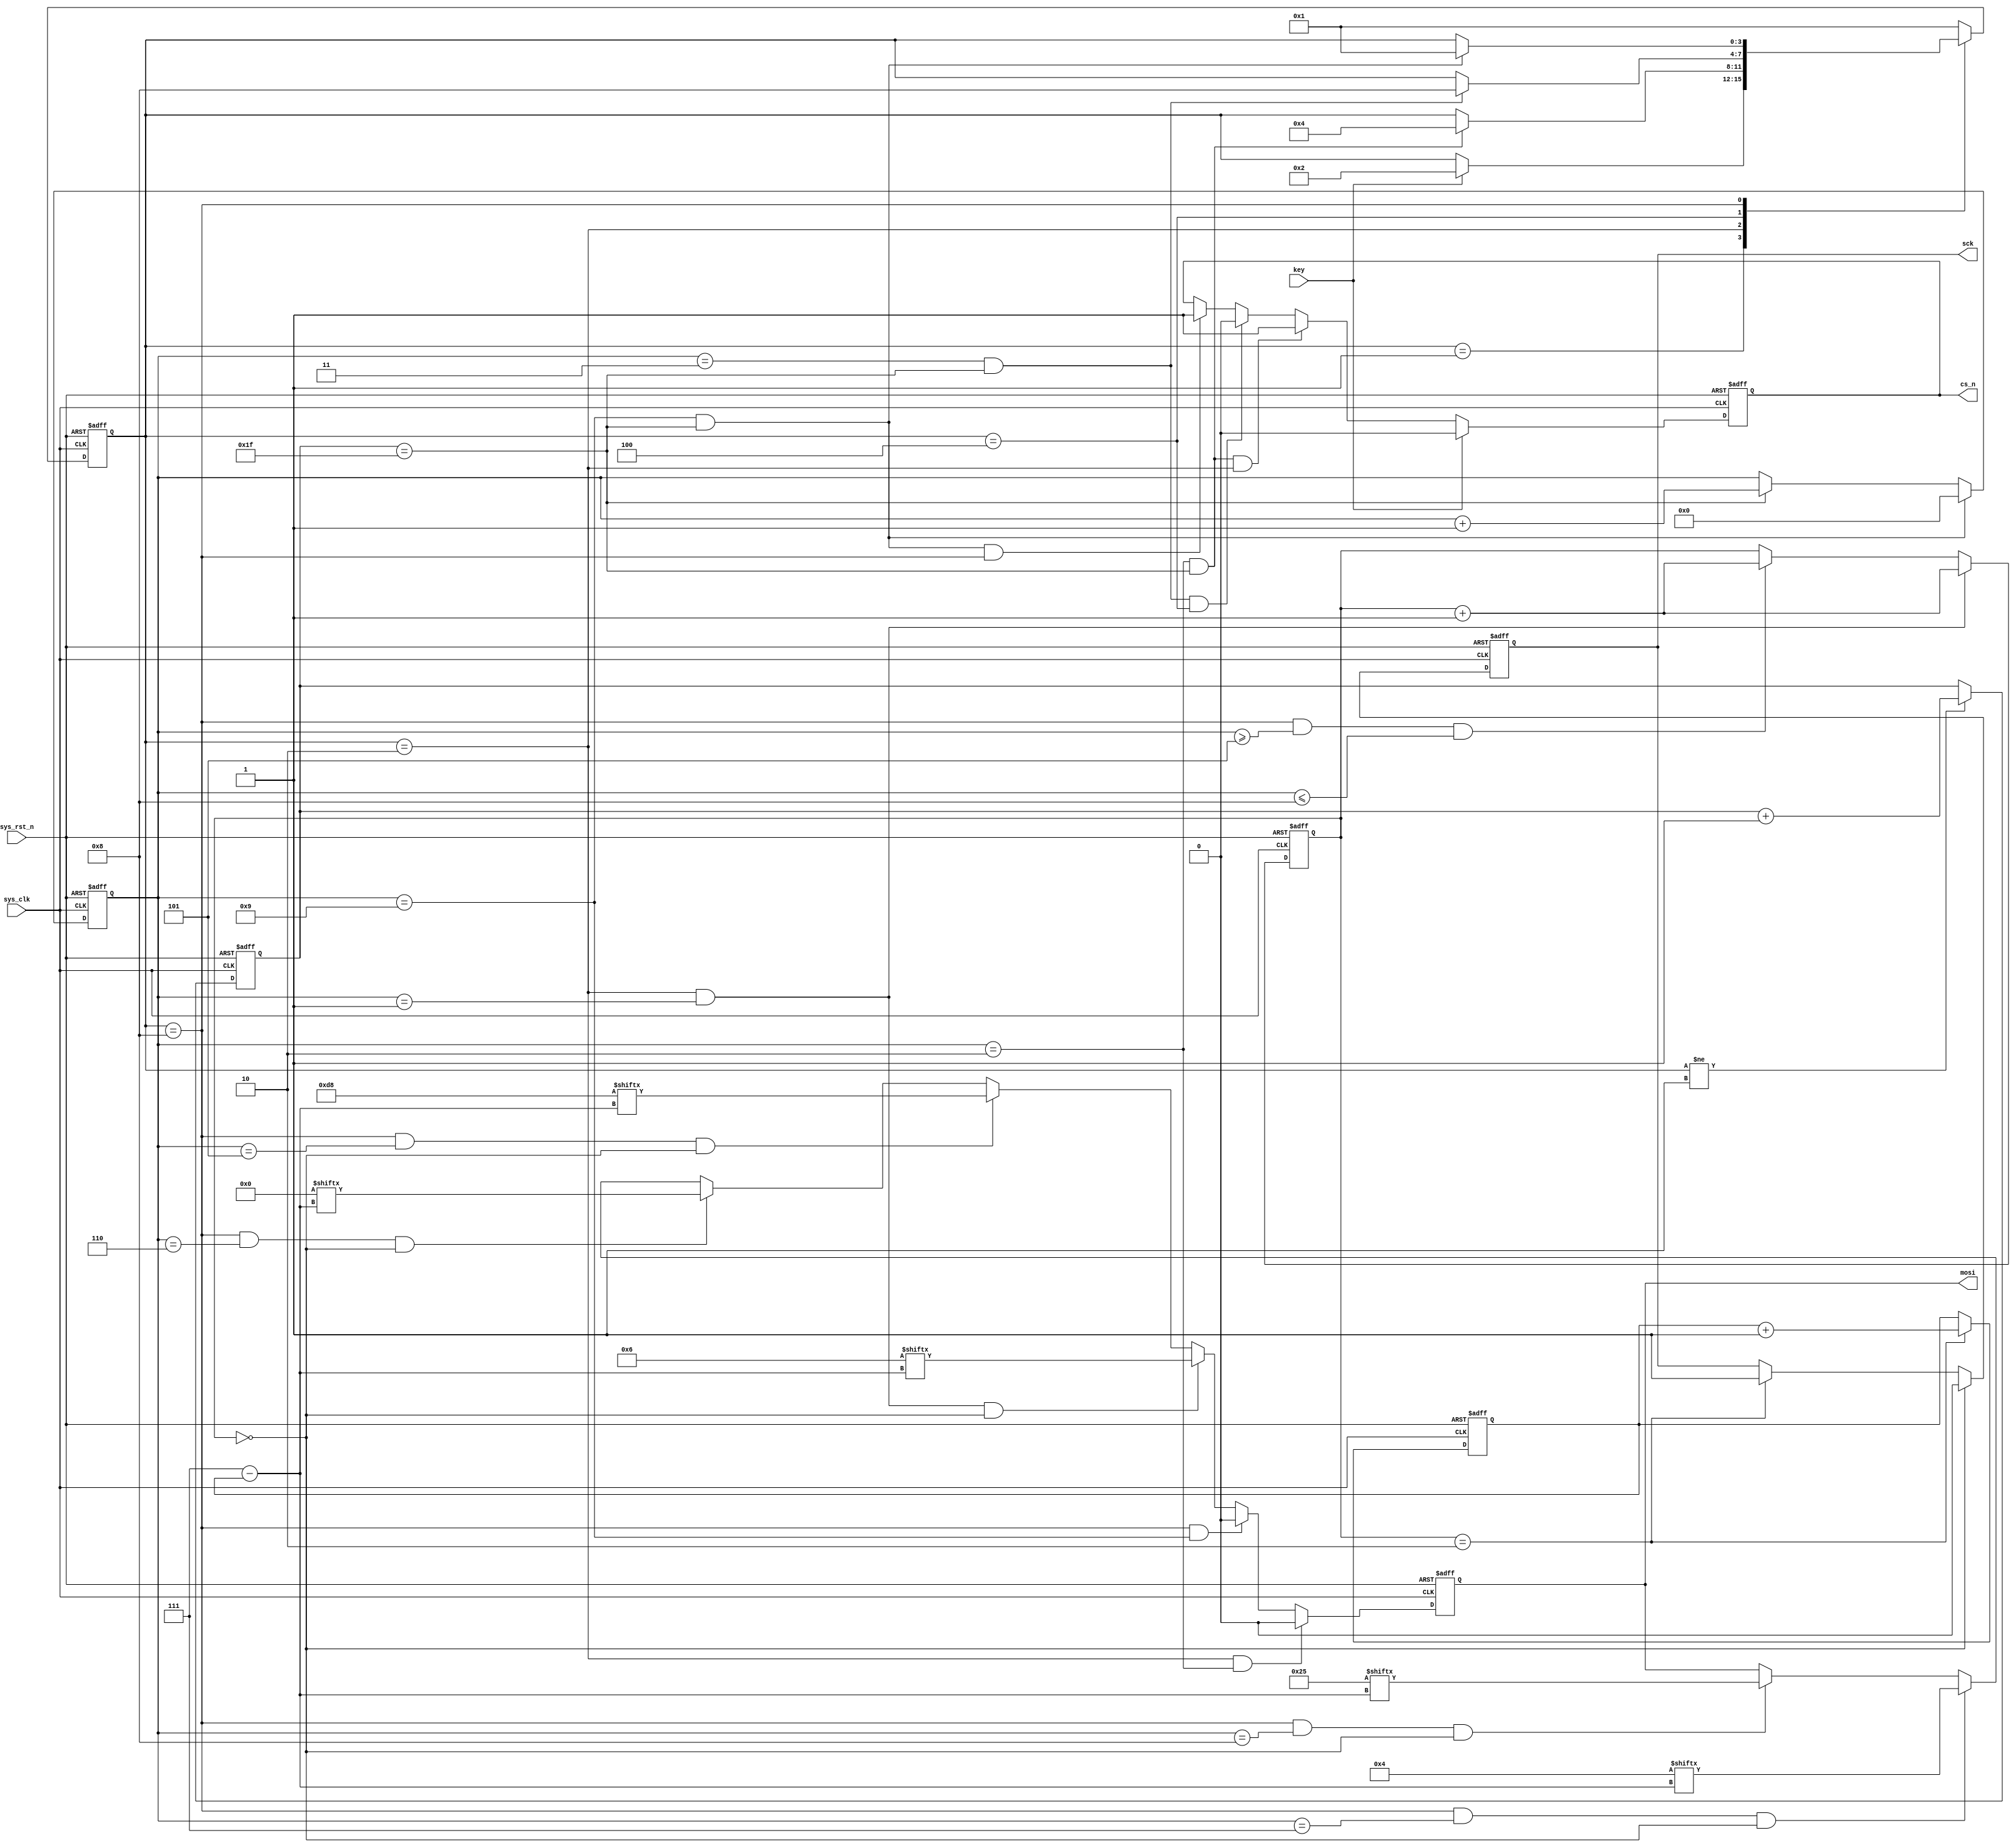
`timescale  1ns/1ns
////////////////////////////////////////////////////////////////////////
// Module Name   : flash_se_ctrl
// Project Name  : spi_flash_se
// Target Devices: Altera EP4CE10F17C8N
// Tool Versions : Quartus 13.0
// Description   : flash
//
// Revision      : V1.0
// Additional Comments:
// 
// : _Pro_FPGA
//     : http://www.embedfire.com
//     : http://www.firebbs.cn
//     : https://fire-stm32.taobao.com
////////////////////////////////////////////////////////////////////////

module  flash_se_ctrl
(
    input   wire    sys_clk     ,   //50MHz
    input   wire    sys_rst_n   ,   //,
    input   wire    key         ,   //

    output  reg     cs_n        ,   //
    output  reg     sck         ,   //
    output  reg     mosi            //
);

//********************************************************************//
//****************** Parameter and Internal Signal *******************//
//********************************************************************//

//parameter define
parameter   IDLE    =   4'b0001 ,   //
            WR_EN   =   4'b0010 ,   //
            DELAY   =   4'b0100 ,   //
            SE      =   4'b1000 ;   //
parameter   WR_EN_INST  =   8'b0000_0110,   //
            SE_INST     =   8'b1101_1000;   //
parameter   SECTOR_ADDR =   8'b0000_0000,   //
            PAGE_ADDR   =   8'b0000_0100,   //
            BYTE_ADDR   =   8'b0010_0101;   //

//reg   define
reg     [3:0]   cnt_byte;   //
reg     [3:0]   state   ;   //
reg     [4:0]   cnt_clk ;   //
reg     [1:0]   cnt_sck ;   //
reg     [2:0]   cnt_bit ;   //

//********************************************************************//
//***************************** Main Code ****************************//
//********************************************************************//

//cnt_clk:
always@(posedge sys_clk or  negedge sys_rst_n)
    if(sys_rst_n == 1'b0)
        cnt_clk  <=  5'd0;
    else    if(state != IDLE)
        cnt_clk  <=  cnt_clk + 1'b1;

//cnt_byte:
always@(posedge sys_clk or  negedge sys_rst_n)
    if(sys_rst_n == 1'b0)
        cnt_byte    <=  4'd0;
    else    if((cnt_clk == 5'd31) && (cnt_byte == 4'd9))
        cnt_byte    <=  4'd0;
    else    if(cnt_clk == 31)
        cnt_byte    <=  cnt_byte + 1'b1;

//cnt_sck:
always@(posedge sys_clk or  negedge sys_rst_n)
    if(sys_rst_n == 1'b0)
        cnt_sck <=  2'd0;
    else    if((state == WR_EN) && (cnt_byte == 1'b1))
        cnt_sck <=  cnt_sck + 1'b1;
    else    if((state == SE) && (cnt_byte >= 4'd5) && (cnt_byte <= 4'd8))
        cnt_sck <=  cnt_sck + 1'b1;

//cs_n:
always@(posedge sys_clk or  negedge sys_rst_n)
    if(sys_rst_n == 1'b0)
        cs_n    <=  1'b1;
    else    if(key == 1'b1)
        cs_n    <=  1'b0;
    else    if((cnt_byte == 4'd2) && (cnt_clk == 5'd31) && (state == WR_EN))
        cs_n    <=  1'b1;
    else    if((cnt_byte == 4'd3) && (cnt_clk == 5'd31) && (state == DELAY))
        cs_n    <=  1'b0;
    else    if((cnt_byte == 4'd9) && (cnt_clk == 5'd31) && (state == SE))
        cs_n    <=  1'b1;

//sck:
always@(posedge sys_clk or  negedge sys_rst_n)
    if(sys_rst_n == 1'b0)
        sck <=  1'b0;
    else    if(cnt_sck == 2'd0)
        sck <=  1'b0;
    else    if(cnt_sck == 2'd2)
        sck <=  1'b1;

//cnt_bit:mosi
always@(posedge sys_clk or  negedge sys_rst_n)
    if(sys_rst_n == 1'b0)
        cnt_bit <=  3'd0;
    else    if(cnt_sck == 2'd2)
        cnt_bit <=  cnt_bit + 1'b1;

//state:
always@(posedge sys_clk or  negedge sys_rst_n)
    if(sys_rst_n == 1'b0)
        state   <=  IDLE;
    else
    case(state)
        IDLE:   if(key == 1'b1)
                state   <=  WR_EN;
        WR_EN:  if((cnt_byte == 4'd2) && (cnt_clk == 5'd31))
                state   <=  DELAY;
        DELAY:  if((cnt_byte == 4'd3) && (cnt_clk == 5'd31))
                state   <=  SE;
        SE:     if((cnt_byte == 4'd9) && (cnt_clk == 5'd31))
                state   <=  IDLE;
        default:    state   <=  IDLE;
    endcase

//mosi:
always@(posedge sys_clk or  negedge sys_rst_n)
    if(sys_rst_n == 1'b0)
        mosi    <=  1'b0;
    else    if((state == WR_EN) && (cnt_byte == 4'd2))
        mosi    <=  1'b0;
    else    if((state == SE) && (cnt_byte == 4'd9))
        mosi    <=  1'b0;
    else    if((state == WR_EN) && (cnt_byte == 4'd1) && (cnt_sck == 5'd0))
        mosi    <=  WR_EN_INST[7 - cnt_bit];  //
    else    if((state == SE) && (cnt_byte == 4'd5) && (cnt_sck == 5'd0))
        mosi    <=  SE_INST[7 - cnt_bit];    //
    else    if((state == SE) && (cnt_byte == 4'd6) && (cnt_sck == 5'd0))
        mosi    <=  SECTOR_ADDR[7 - cnt_bit];  //
    else    if((state == SE) && (cnt_byte == 4'd7) && (cnt_sck == 5'd0))
        mosi    <=  PAGE_ADDR[7 - cnt_bit];    //
    else    if((state == SE) && (cnt_byte == 4'd8) && (cnt_sck == 5'd0))
        mosi    <=  BYTE_ADDR[7 - cnt_bit];    //

endmodule